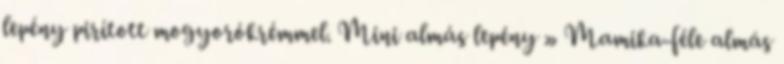
lepény pirított mogyorókrémmel. Mini almás lepény » Mamika-féle almás